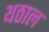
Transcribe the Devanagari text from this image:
थठाल